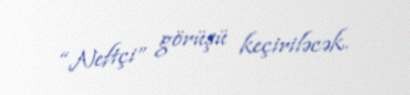
“Neftçi” görüşü keçiriləcək.